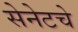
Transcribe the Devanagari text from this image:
सेनेटचे